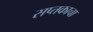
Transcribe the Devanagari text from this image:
सप्तकाचा